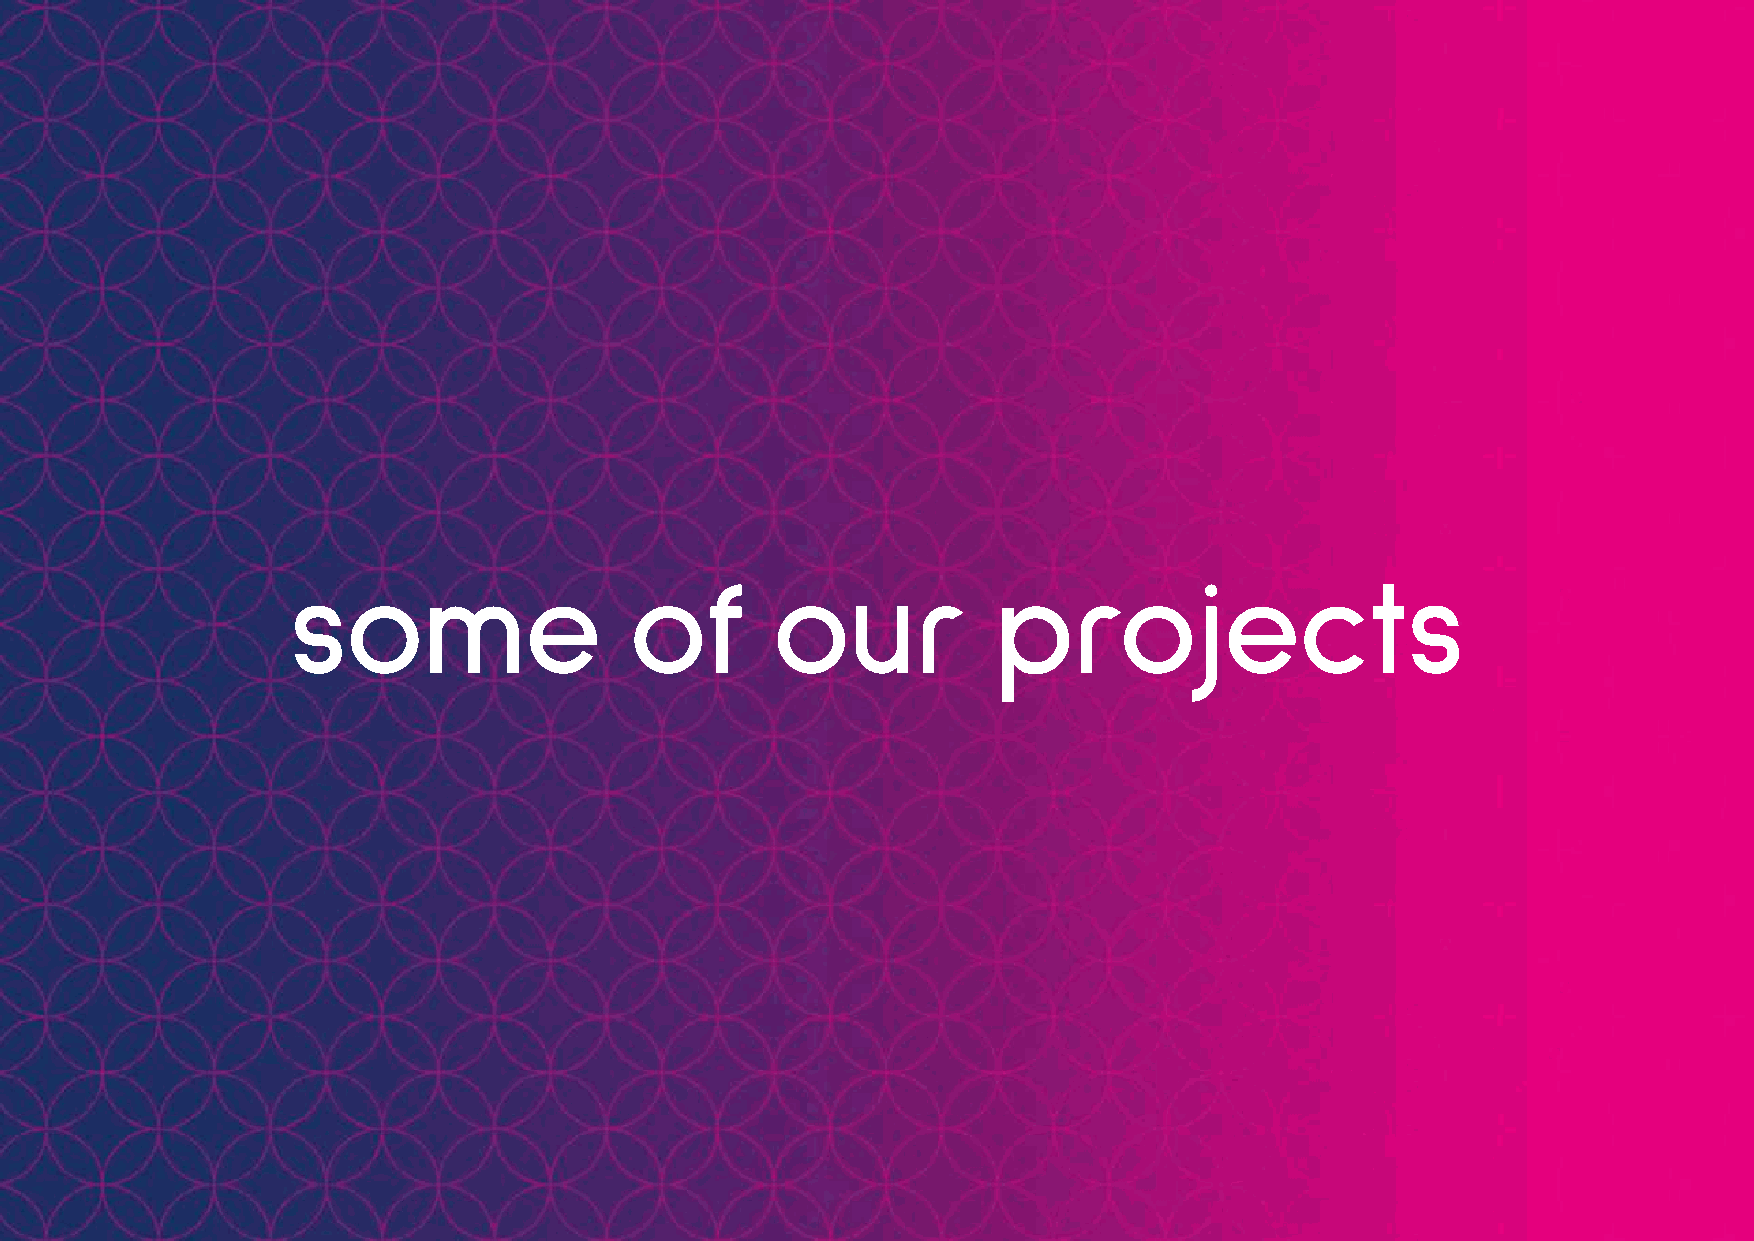
some                   of       our            projects